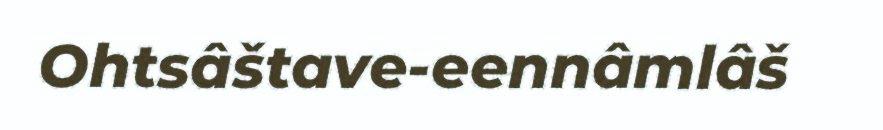
Ohtsâštave-eennâmlâš